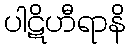
ပါဋိဟီရာနိ